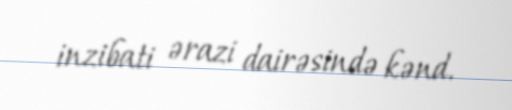
inzibati ərazi dairəsində kənd.